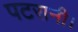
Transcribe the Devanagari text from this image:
पटरानी।